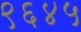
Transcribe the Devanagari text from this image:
९६४५